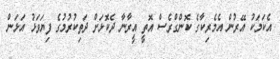
އެކަމަކު އޭރުން އެމެރިކާގެ ކޮންގްރެސް އޮތީ އީރާނާ ދެކޮޅަށް ދަތިކުރުމުގެ ފިޔަވަޅު އަޅަން